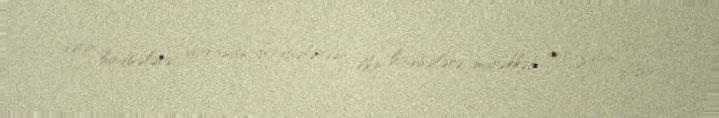
dərin hadisələrə, yaranan hadisələrdən ilkin hadisələrə, mürəkkəb obrazdan daha